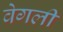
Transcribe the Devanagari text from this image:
वेगली